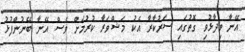
އޭނާ ވިދާޅުވި ގޮތުގައި ސަރުކާރާ އެކު މަޝްވަރާ ކުރުމަށް ވެސް އޭނާ ބޭނުންފުޅު